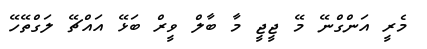
މެރީ އަންގްނޭ މޭ ޖީޖީ މާ ބާލް ވީރް ބަޅޭ އައްޗޭ ލަގްތޭހޭ